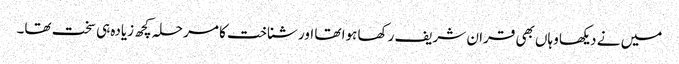
میں نے دیکھا وہاں بھی قران شریف رکھا ہوا تھا اور شناخت کا مرحلہ کچھ زیادہ ہی سخت تھا۔